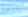
بارعه